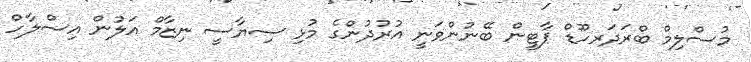
މުސްލިމް ބްރަދަރހޫޑް ޕާޓީން ބޭނުންވަނީ އުރުދުންގެ މުޅި ސިޔާސީ ނިޒާމް އަލުން އިސްލާހް